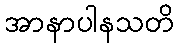
အာနာပါနသတိ